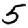
Digit: 5